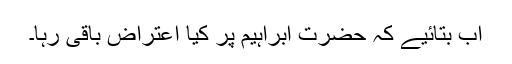
اب بتائیے کہ حضرت ابراہیم پر کیا اعتراض باقی رہا۔